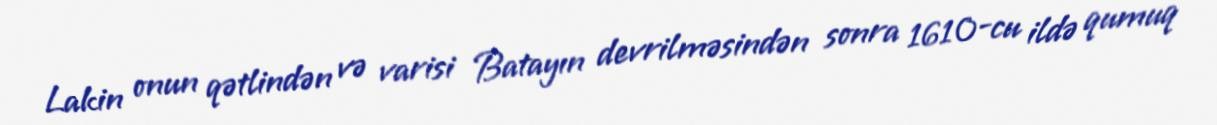
Lakin onun qətlindən və varisi Batayın devrilməsindən sonra 1610-cu ildə qumuq